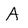
Character: A